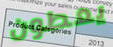
يعطون